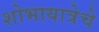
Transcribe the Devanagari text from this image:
शोभायात्रेचे